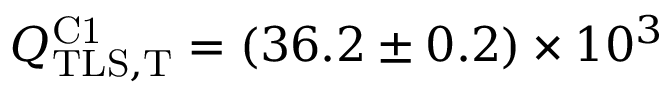
Q _ { \mathrm { T L S , T } } ^ { \mathrm { C 1 } } = ( 3 6 . 2 \pm 0 . 2 ) \times 1 0 ^ { 3 }